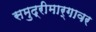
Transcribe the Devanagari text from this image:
समुद्रीमार्गावर